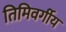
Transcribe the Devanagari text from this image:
तिमिवर्गीय